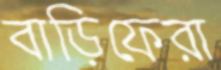
বাড়িফেরা